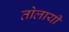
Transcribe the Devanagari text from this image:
तोलायी